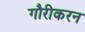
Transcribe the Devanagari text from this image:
गौरीकरन